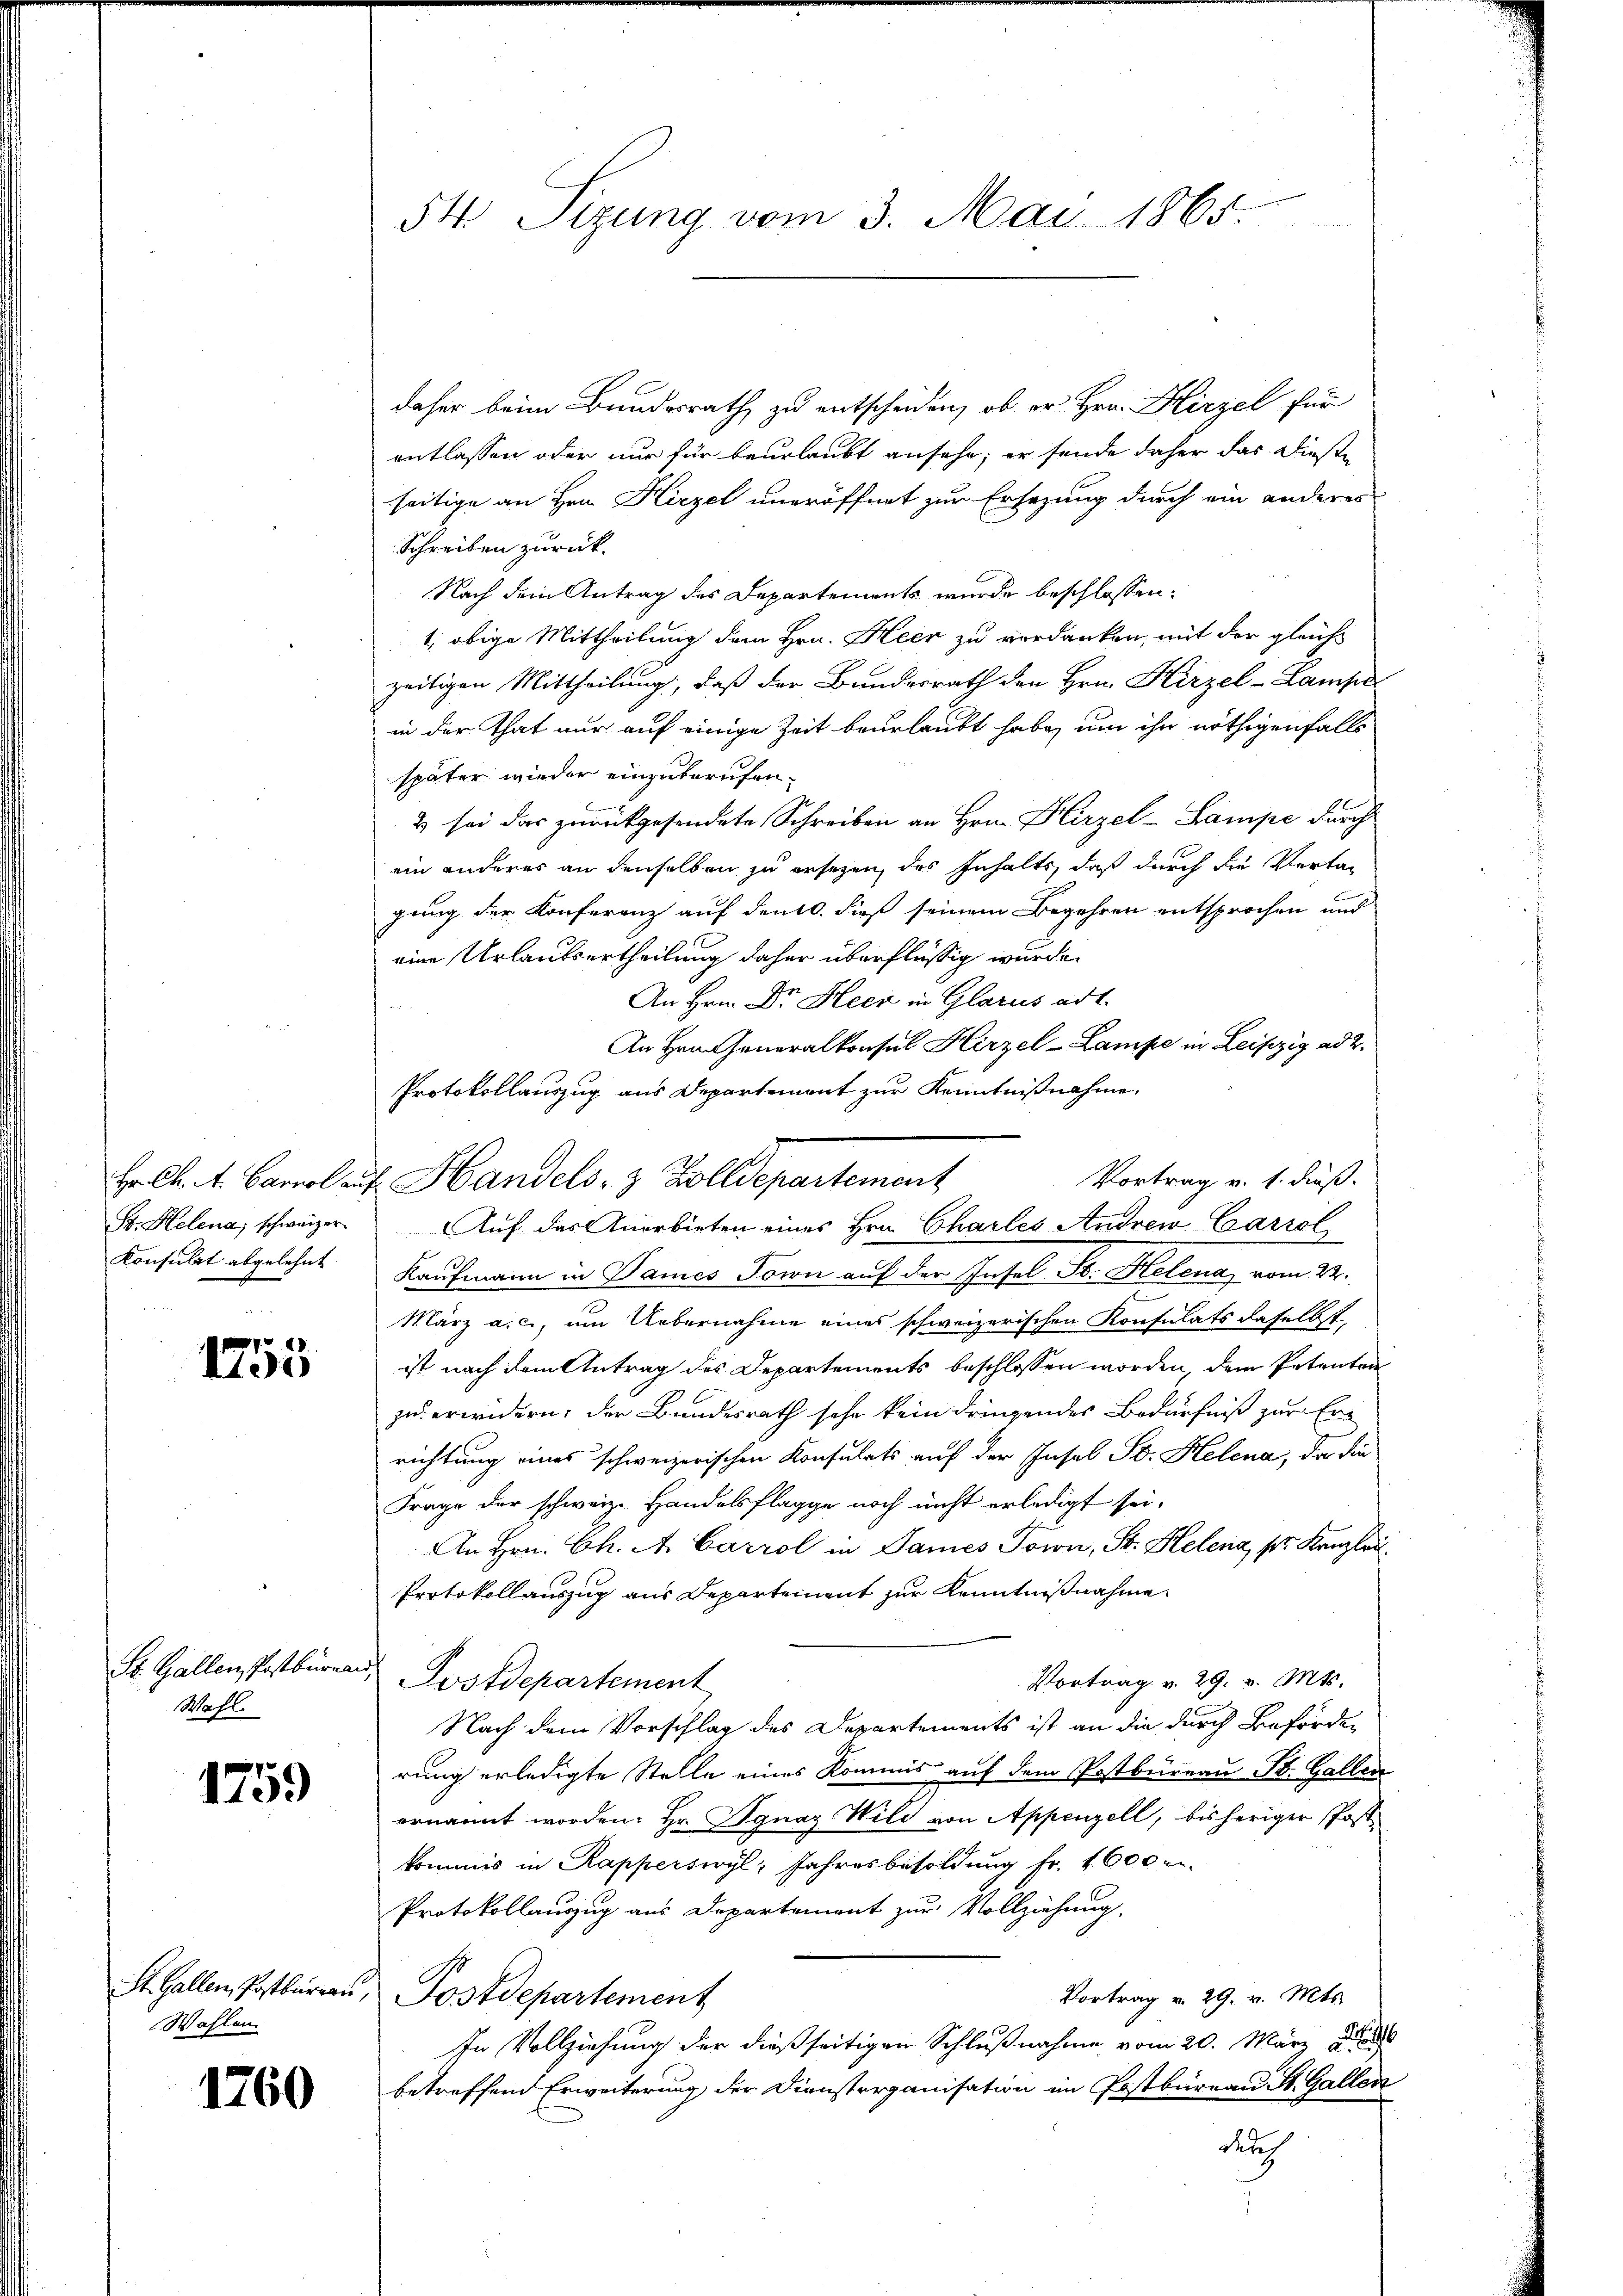
Hr. Ch. A. Carnol auf
Sr. Helena, schweizer
Konsulat abgelehnt.

1753

St. Gallen Postbürea
Wahl.

1759

St. Gallen, Postbureau,
Wahlen.

1760

54 Sizung vom 3. Mai 1865.

daher beim Bundesrath zu entscheiden, ob er Hrn. Hirzel für
entlassen oder nur für beurlaubt ansehe, er sende daher das Diese
seitige an Hrn. Hirzel uneröffnet zur Ersezung durch ein anderes
Schreiben zurück.
Nach dem Antrag des Departements wurde beschlossen:
1, obige Mittheilung dem Hrn. Heer zu verdanken, mit der gleichs
zeitigen Mittheilung, daß der Bundesrath den Hrn. Hirzel-Lampe
in der That nur auf einige Zeit beurlaubt habe, um ihn nöthigenfalls
später wieder einzuberufen.
B
& sei das zurückgesendete Schreiben an Hrn. Hirzel-Lampe durch
ein anderes an denselben zu ersetzen des Inhalts, daß durch die Vertagung der Konferenz auf den dieß seinem Begehren entsprochen und
eine Urlautsertheilung daher überflüssig wurde.
An Hrn. Dr. Heer in Glarus adt.
An Hrn. Generalkonsul Hirzel-Lampe in Leipzig ad 2.
Vortrag v. 1. dieß.
Auf das Anerbieten eines Hrn. Charles Andrew Carol
Kaufmann in Sames Torn auf der Insel Sr. Helena vom 22.
März a. c., um Uebernahme eines schweizerischen Konsulats daselbst,
ist nach dem Antrag des Departements beschlossen worden, dem Petenton
zu erwidern, der Bundesrath sehr kein dringendes Bedürfniß zur Errichtung eines schweizerischen Konsulats auf der Insel St. Helena, da die
Frage der schweiz. Handelsflagge noch nicht erledigt sei.
An Hrn. Ch. A. Carrol in James Town, St. Helena, pr. Kanzlau
Protokollauszug aus Departement zur Kenntnißnahme
Vortrag v. 29. v. Mts.
Postdepartement
Nach dem Vorschlag des Departements ist an die durch Beförden
rung erledigte Stelle eines Kommis auf dem Postbüreau St. Gallen
ernannt worden. Hr. Ignaz Wili von Appenzell, bisheriger Post
kommis in Kapperswyl, Jahresbesoldung fr. 1600 -
Protokollauszug aus Departement zur Vollziehung,
Vortrag v. 29. v. Mts.
Postdepartement
In Vollziehung der dießseitigen Schlußnahme vom 20. März d.
betreffend Erweiterung der Diensterganisation im Postbüreau St. Gallen
der

Protokollauszug aus Departement zur Kenntnißnahme,
v. Handels- & Zolldepartement